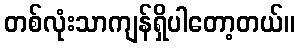
တစ်လုံးသာကျန်ရှိပါတော့တယ်။